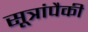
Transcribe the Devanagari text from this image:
सूत्रांपैकी